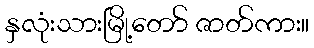
နှလုံးသားမြို့တော် ဇာတ်ကား။